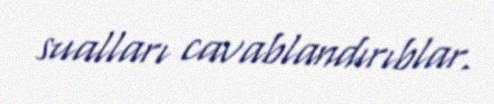
sualları cavablandırıblar.